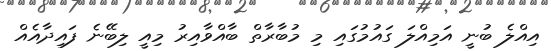
އިއްލެ ބުނީ އަމިއްލަ ގައުމުގައި މި މުބާރާތް ބާއްވާއިރު މިއީ ލިބޭނެ ފައިދާއެއް